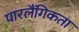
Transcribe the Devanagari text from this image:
पारलैंगिकता